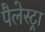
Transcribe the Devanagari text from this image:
पैलेस्ट्रा